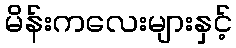
မိန်းကလေးများနှင့်